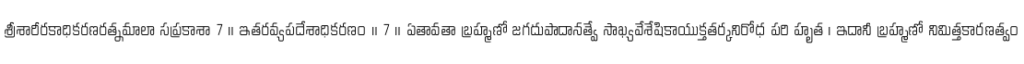
శ్రీశారీరకాధికరణరత్నమాలా సప్రకాశా 7 ॥ ఇతరవ్యపదేశాధికరణం ॥ 7 ॥ ఏతావతా బ్రహ్మణో జగదుపాదానత్వే సాఖ్యవేశేషికాయుక్తతర్కనిరోధ పరి హృత । ఇదానీ బ్రహ్మణో నిమిత్తకారణత్వం